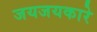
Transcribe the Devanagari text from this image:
जयजयकारे